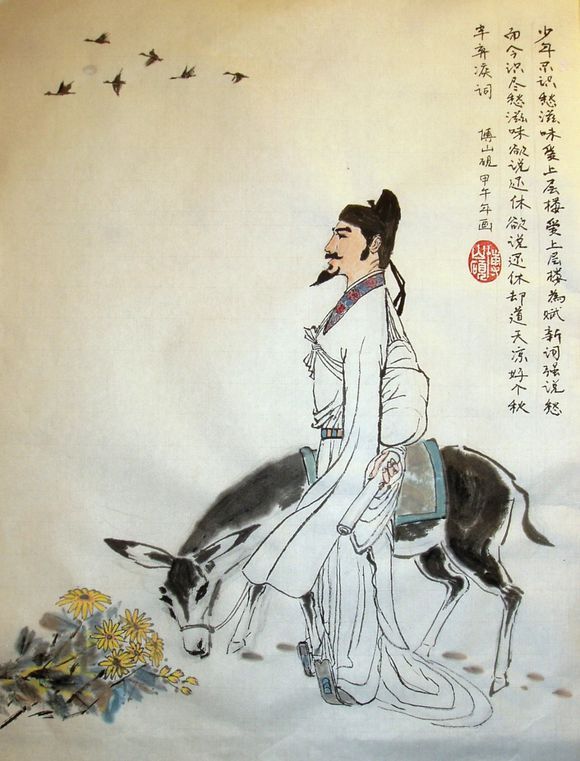
少年不识愁滋味，爱上层楼。爱上层楼，为赋新词强说愁。